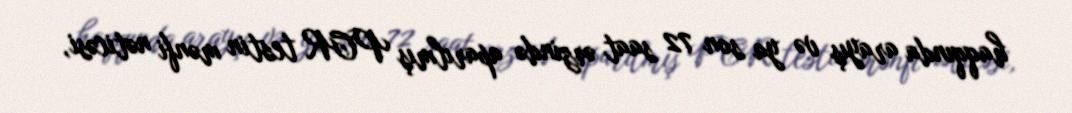
haqqında arayış və ya son 72 saat ərzində aparılmış PCR testin mənfi nəticəsi,